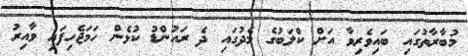
މުބާރާތުގައި ބައިވެރިވާ އަށް ކްލަބުގެ މެދުގައި ދެ ރައުންޑު ކުޅެން ހަމަޖެހިފައި ވާއިރު